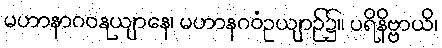
မဟာနာဂဝနုယျာနေ၊ မဟာနဂဝံဥယျာဉ်၌။ ပရိနိဗ္ဗာယိ၊